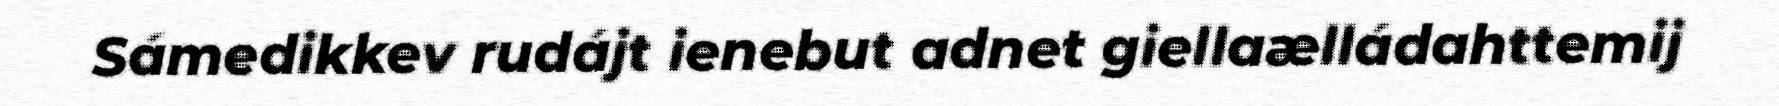
Sámedikkev rudájt ienebut adnet giellaælládahttemij